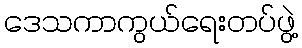
ဒေသကာကွယ်ရေးတပ်ဖွဲ့